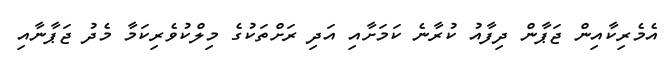
އެމެރިކާއިން ޖަޕާން ދިފާއު ކުރާނެ ކަަމަށާއި އަދި ރަށްތަކުގެ މިލްކުވެރިކަމާ މެދު ޖަޕާނާއި